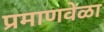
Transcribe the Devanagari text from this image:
प्रमाणवेळा